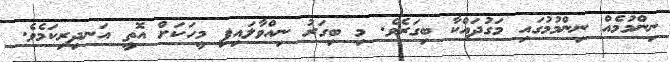
ނިންމުމެއް ނިންމުމުގައި މަގުދައްކާ ބިގަރެވެ. މި ބިގަރު ނިއްވާލައިފި މީހަކަށް އޮތީ އަނދިރިކަމެވެ.